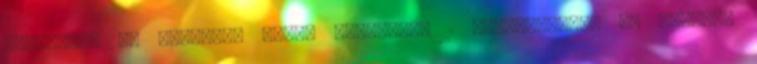
Televízió 57 Wolfgang Köbel előadásai 1 Ünnepnapokra 34 Blogok,